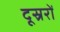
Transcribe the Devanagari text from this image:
दूस्ररों